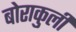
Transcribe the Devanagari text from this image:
बोराकुली